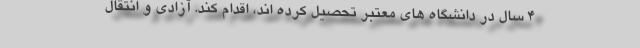
۴ سال در دانشگاه های معتبر تحصیل کرده اند، اقدام کند. آزادی و انتقال